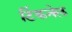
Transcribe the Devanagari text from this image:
टिंकनेल